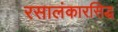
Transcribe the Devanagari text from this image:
रसालंकारसिद्ध